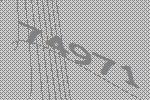
74971